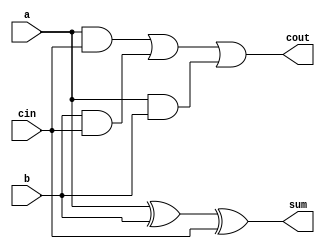
module adder(input a, input b, input cin, output sum, output cout);
	assign sum = a ^ b ^ cin;
    assign cout = a & cin | b & cin | a & b;
endmodule

module top_module( 
    input [2:0] a, b,
    input cin,
    output [2:0] cout,
    output [2:0] sum );
    wire n1, n2, n3, n4, n5, n6;
    
    adder add1(a[0], b[0], cin, n1, n2);
    adder add2(a[1], b[1], n2, n3, n4);
    adder add3(a[2], b[2], n4, n5, n6);
    
    assign sum = {n5, n3, n1};
    assign cout = {n6, n4, n2};
endmodule